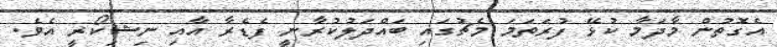
އެގޮތުން މާދަމާ ކުޅޭ ފުރަތަމަ މެޗުގައި ބައްދަލުކުރާނީ ފެޑެރާ އާއި ނިޝިކޯރީ އެވެ.